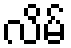
လိမ်